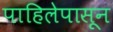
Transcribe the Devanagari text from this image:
पाहिलेपासून